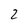
Character: 2